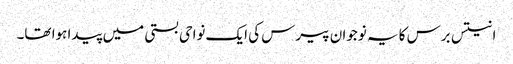
انتیس برس کا یہ نوجوان پیرس کی ایک نواحی بستی میں پیدا ہوا تھا۔